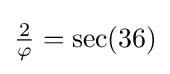
{\tfrac {2}{\varphi }}=\sec(36)